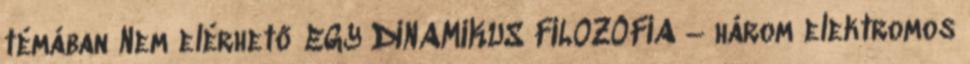
témában Nem elérhető EGY DINAMIKUS FILOZÓFIA – három elektromos